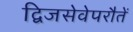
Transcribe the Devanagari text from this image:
द्विजसेवेपरौतें